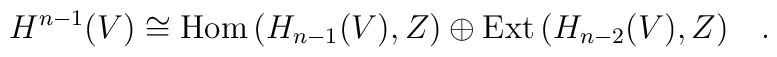
H^{n-1}(V)\cong {\rm Hom}\, (H_{n-1}(V),Z)\oplus {\rm Ext}\, (H_{n-2}(V),Z)\quad .